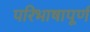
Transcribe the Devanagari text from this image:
परिभाषापूर्ण